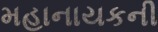
મહાનાયકની